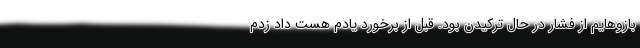
بازوهایم از فشار در حال ‌ترکیدن بود. قبل از برخورد یادم هست داد زدم